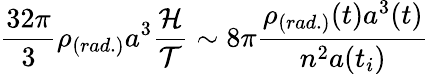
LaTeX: \frac{32\pi}{3}\rho_{(rad.)}a^{3}\frac{{\cal H}}{{\cal T}}\sim 8\pi\frac{\rho_{(rad.)}(t)a^{3}(t)}{n^{2}a(t_{i})}